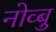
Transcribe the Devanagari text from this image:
नोव्बु